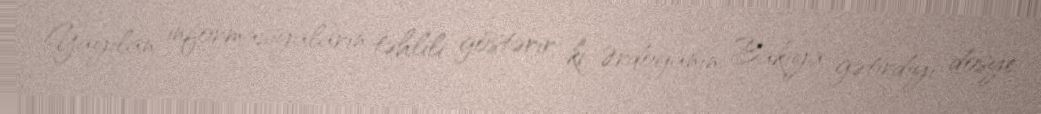
Yayılan informasiyaların təhlili göstərir ki, Ərdoğanın Bakıya gətirdiyi dosye